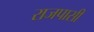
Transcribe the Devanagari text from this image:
राजपासी